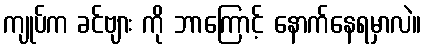
ကျုပ်က ခင်ဗျား ကို ဘာကြောင့် နောက်နေရမှာလဲ။